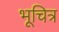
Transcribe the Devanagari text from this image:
भूचित्र